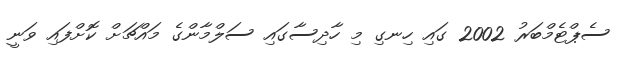
ސެޕްޓެމްބަރު 2002 ގައި ހިނގި މި ހާދިސާގައި ސަލްމާންގެ މައްޗަށް ކޮށްފައި ވަނީ